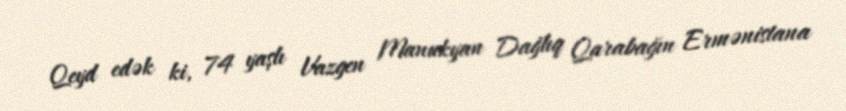
Qeyd edək ki, 74 yaşlı Vazgen Manukyan Dağlıq Qarabağın Ermənistana